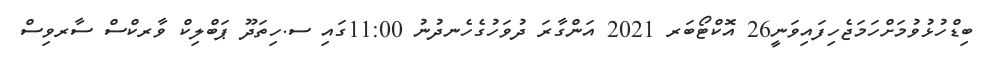
ބިޑްހުޅުވުމަށްހަމަޖެހިފައިވަނީ26 އޮކްޓޯބަރ 2021 އަންގާރަ ދުވަހުގެހެނދުނު 11:00ގައި ސ.ހިތަދޫ ޕަބްލިކް ވާރކްސް ސާރވިސް